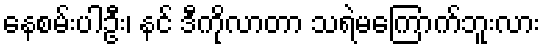
နေစမ်းပါဦး၊ နင် ဒီကိုလာတာ သရဲမကြောက်ဘူးလား